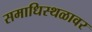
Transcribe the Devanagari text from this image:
समाधिस्थळावर